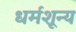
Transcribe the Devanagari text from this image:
धर्मशून्य